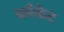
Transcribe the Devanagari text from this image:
ब्लैकेट